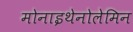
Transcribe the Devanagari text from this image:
मोनाइथेनोलेमिन